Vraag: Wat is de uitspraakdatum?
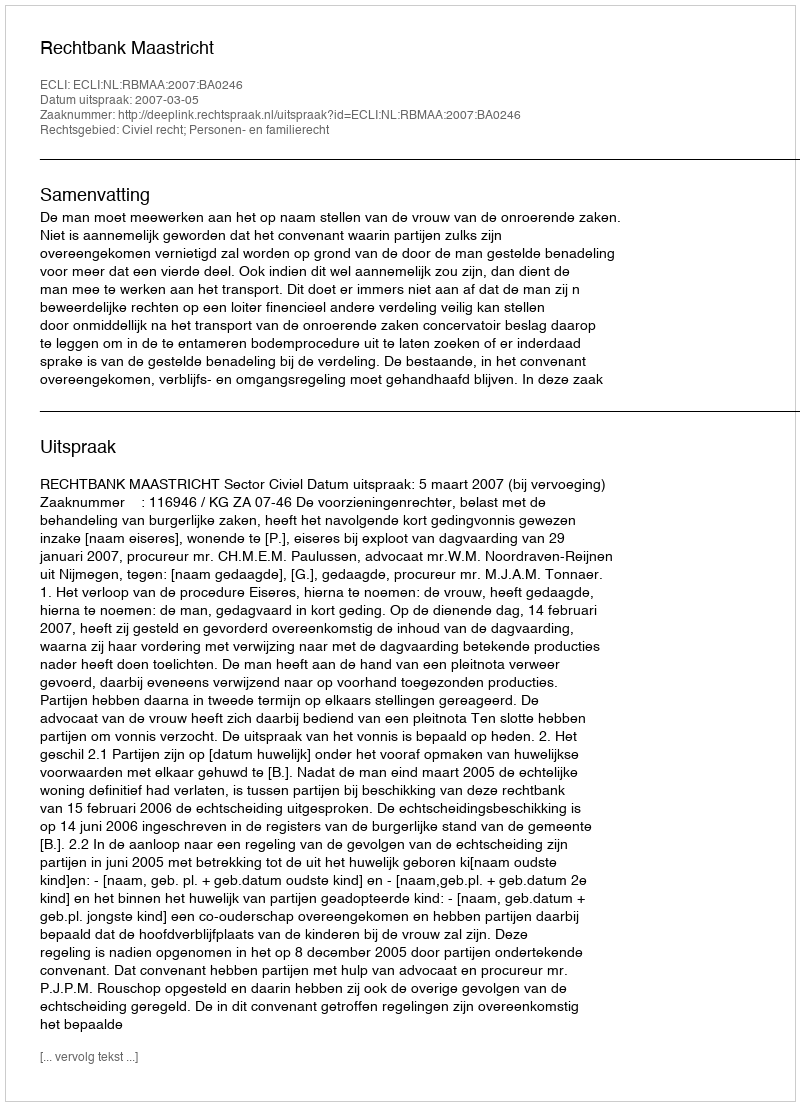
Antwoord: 2007-03-05